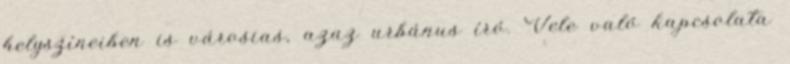
helyszíneiben is városias, azaz urbánus író. Vele való kapcsolata